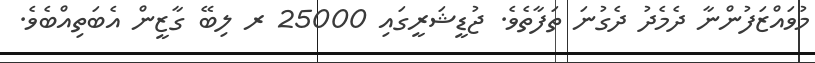
މުވައްޒަފުންނާ ދެމެދު ދެގުނަ ތަފާތެވެ. ޖުޑީޝަރީގައި 25000 ރ ލިބޭ ގާޒީން އެބަތިއްބެވެ.